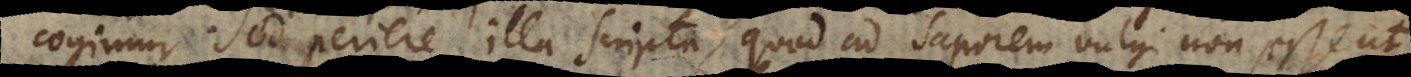
cogimur. Sed periere illa Scripta, quod ad saporem vulgi non essent,